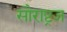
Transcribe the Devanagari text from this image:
सौराष्ट्रज